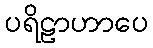
ပရိဠာဟာပေ